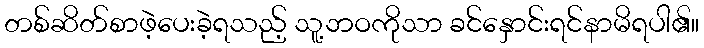
တစ်ဆိတ်စာဖဲ့ပေးခဲ့ရသည့် သူ့ဘဝကိုသာ ခင်နှောင်းရင်နာမိရပါ၏။